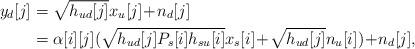
LaTeX: \begin{align*}y_{d}[j]&=\sqrt{h_{ud}[j]}x_{u}[j] \!+ \!n_{d}[j] \\ &=\alpha[i][j](\sqrt{h_{ud}[j]P_{s}[i]h_{su}[i]}x_{s}[i]\!+ \!\sqrt{h_{ud}[j]}n_{u}[i])\!+\! n_{d}[j], \end{align*}